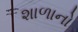
શાળાનો